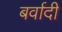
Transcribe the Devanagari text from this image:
बर्वादी